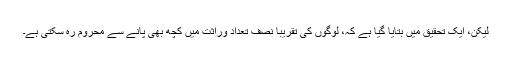
لیکن، ایک تحقیق میں بتایا گیا ہے کہ، لوگوں کی تقریباً نصف تعداد وراثت میں کچھ بھی پانے سے محروم رہ سکتی ہے۔